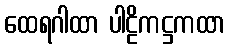
ထေရဂါထာ ပါဠိကဋ္ဌကထာ